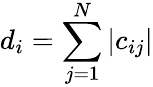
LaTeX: d_{i}=\sum_{j=1}^{N}|c_{ij}|